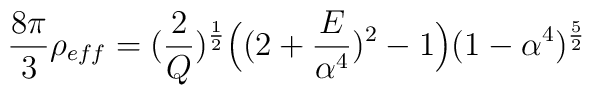
\frac{8\pi}{3}\rho_{eff}=(\frac{2}{Q})^{\frac{1}{2}}\Big{(}(2+\frac{E}{\alpha^{4}})^{2} -1 \Big{)} (1-\alpha^{4}) ^{\frac{5}{2}}